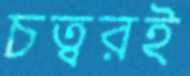
চত্বরই